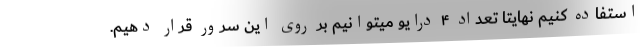
استفاده کنیم نهایتا تعداد ۴ درایو میتوانیم بر روی این سرور قرار دهیم.